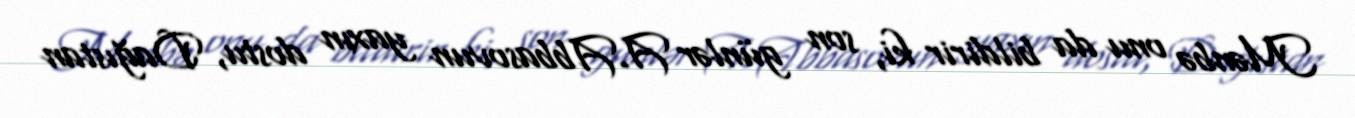
Mənbə onu da bildirir ki, son günlər A.Abbasovun yaxın dostu, Dağıstan